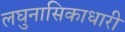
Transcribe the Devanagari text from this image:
लघुनासिकाधारी